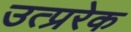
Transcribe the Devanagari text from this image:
उत्प्ररेक